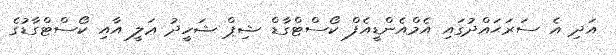
އަދި އެ ސަރަޙައްދުގައި އެމްއެންޑީއެފް ކޯސްޓްގާޑް ޝިޕް ޝަހީދު ޢަލީ އާއި ކޯސްޓްގާޑުގެ